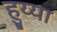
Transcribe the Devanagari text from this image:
हुय्या